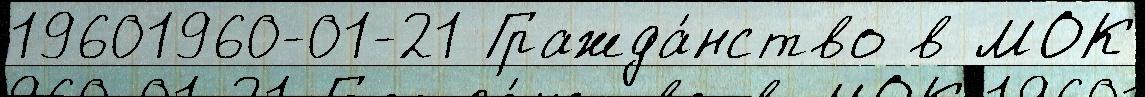
19601960-01-21 Гражда́нство в МОК